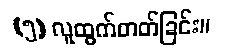
(၅) လူထွက်တတ်ခြင်း။